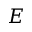
E